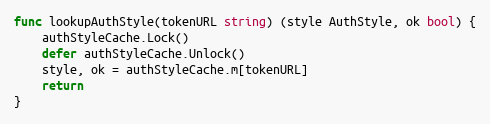
Language: Go
func lookupAuthStyle(tokenURL string) (style AuthStyle, ok bool) {
	authStyleCache.Lock()
	defer authStyleCache.Unlock()
	style, ok = authStyleCache.m[tokenURL]
	return
}